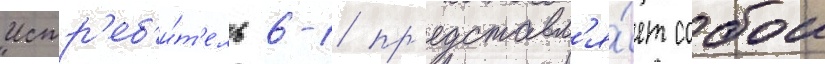
Истр'еб'и́т'ель 6-1 пр'едставл'я́ет собои